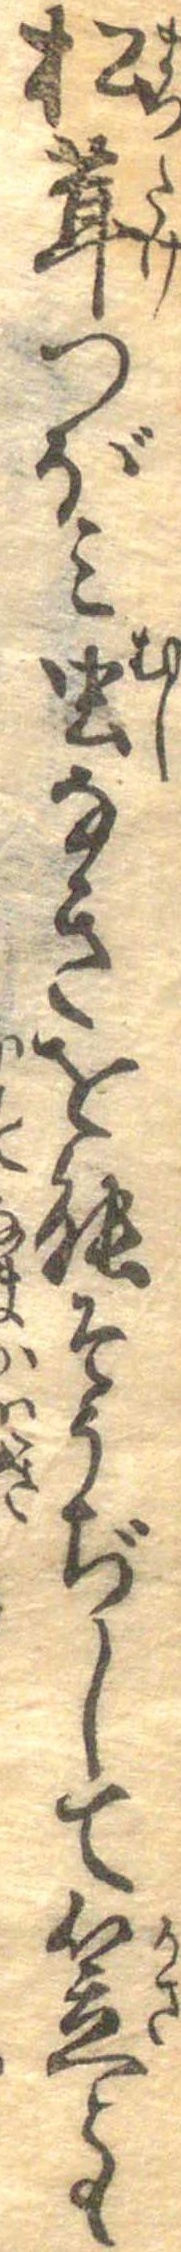
松茸つぼみ虫なきを能そうぢして笠とも